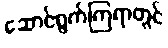
ဆောင်ရွက်ကြရာတွင်